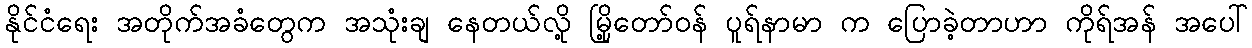
နိုင်ငံရေး အတိုက်အခံတွေက အသုံးချ နေတယ်လို့ မြို့တော်ဝန် ပူရ်နာမာ က ပြောခဲ့တာဟာ ကိုရ်အန် အပေါ်